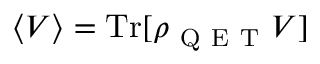
\langle V \rangle = \mathrm { T r } [ \rho _ { \mathrm { ~ Q ~ E ~ T ~ } } V ]